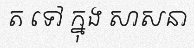
ត ទៅ ក្នុង សាសនា